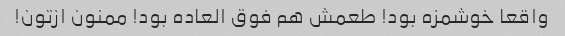
واقعا خوشمزه بود! طعمش هم‌ فوق العاده بود! ممنون ازتون!